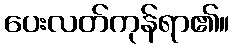
ပေးလတ်ကုန်ရာ၏။